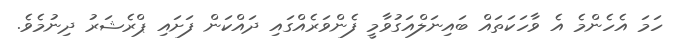
ހަމަ އެހެންމެ އެ ވާހަކަތައް ބައިނަލްއަގުވާމީ ފެންވަރެއްގައި ދައްކަން ފަށައި ޕްރެޝަރު ދިނުމެވެ.